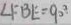
\angle F B E = 9 0 ^ { \circ }